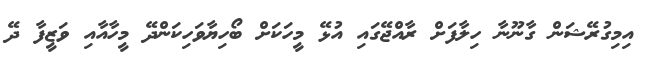
އިމިގުރޭޝަން ގާނޫނާ ހިލާފަށް ރާއްޖޭގައި އުޅޭ މީހަކަށް ބޯހިޔާވަހިކަންދޭ މީހާއާއި ވަޒީފާ ދޭ